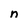
Character: n